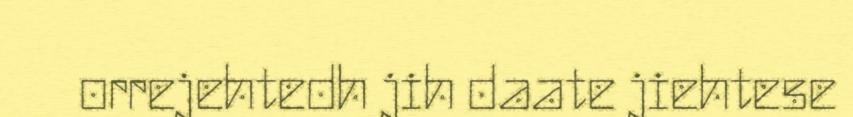
orrejehtedh jih daate jiehtese